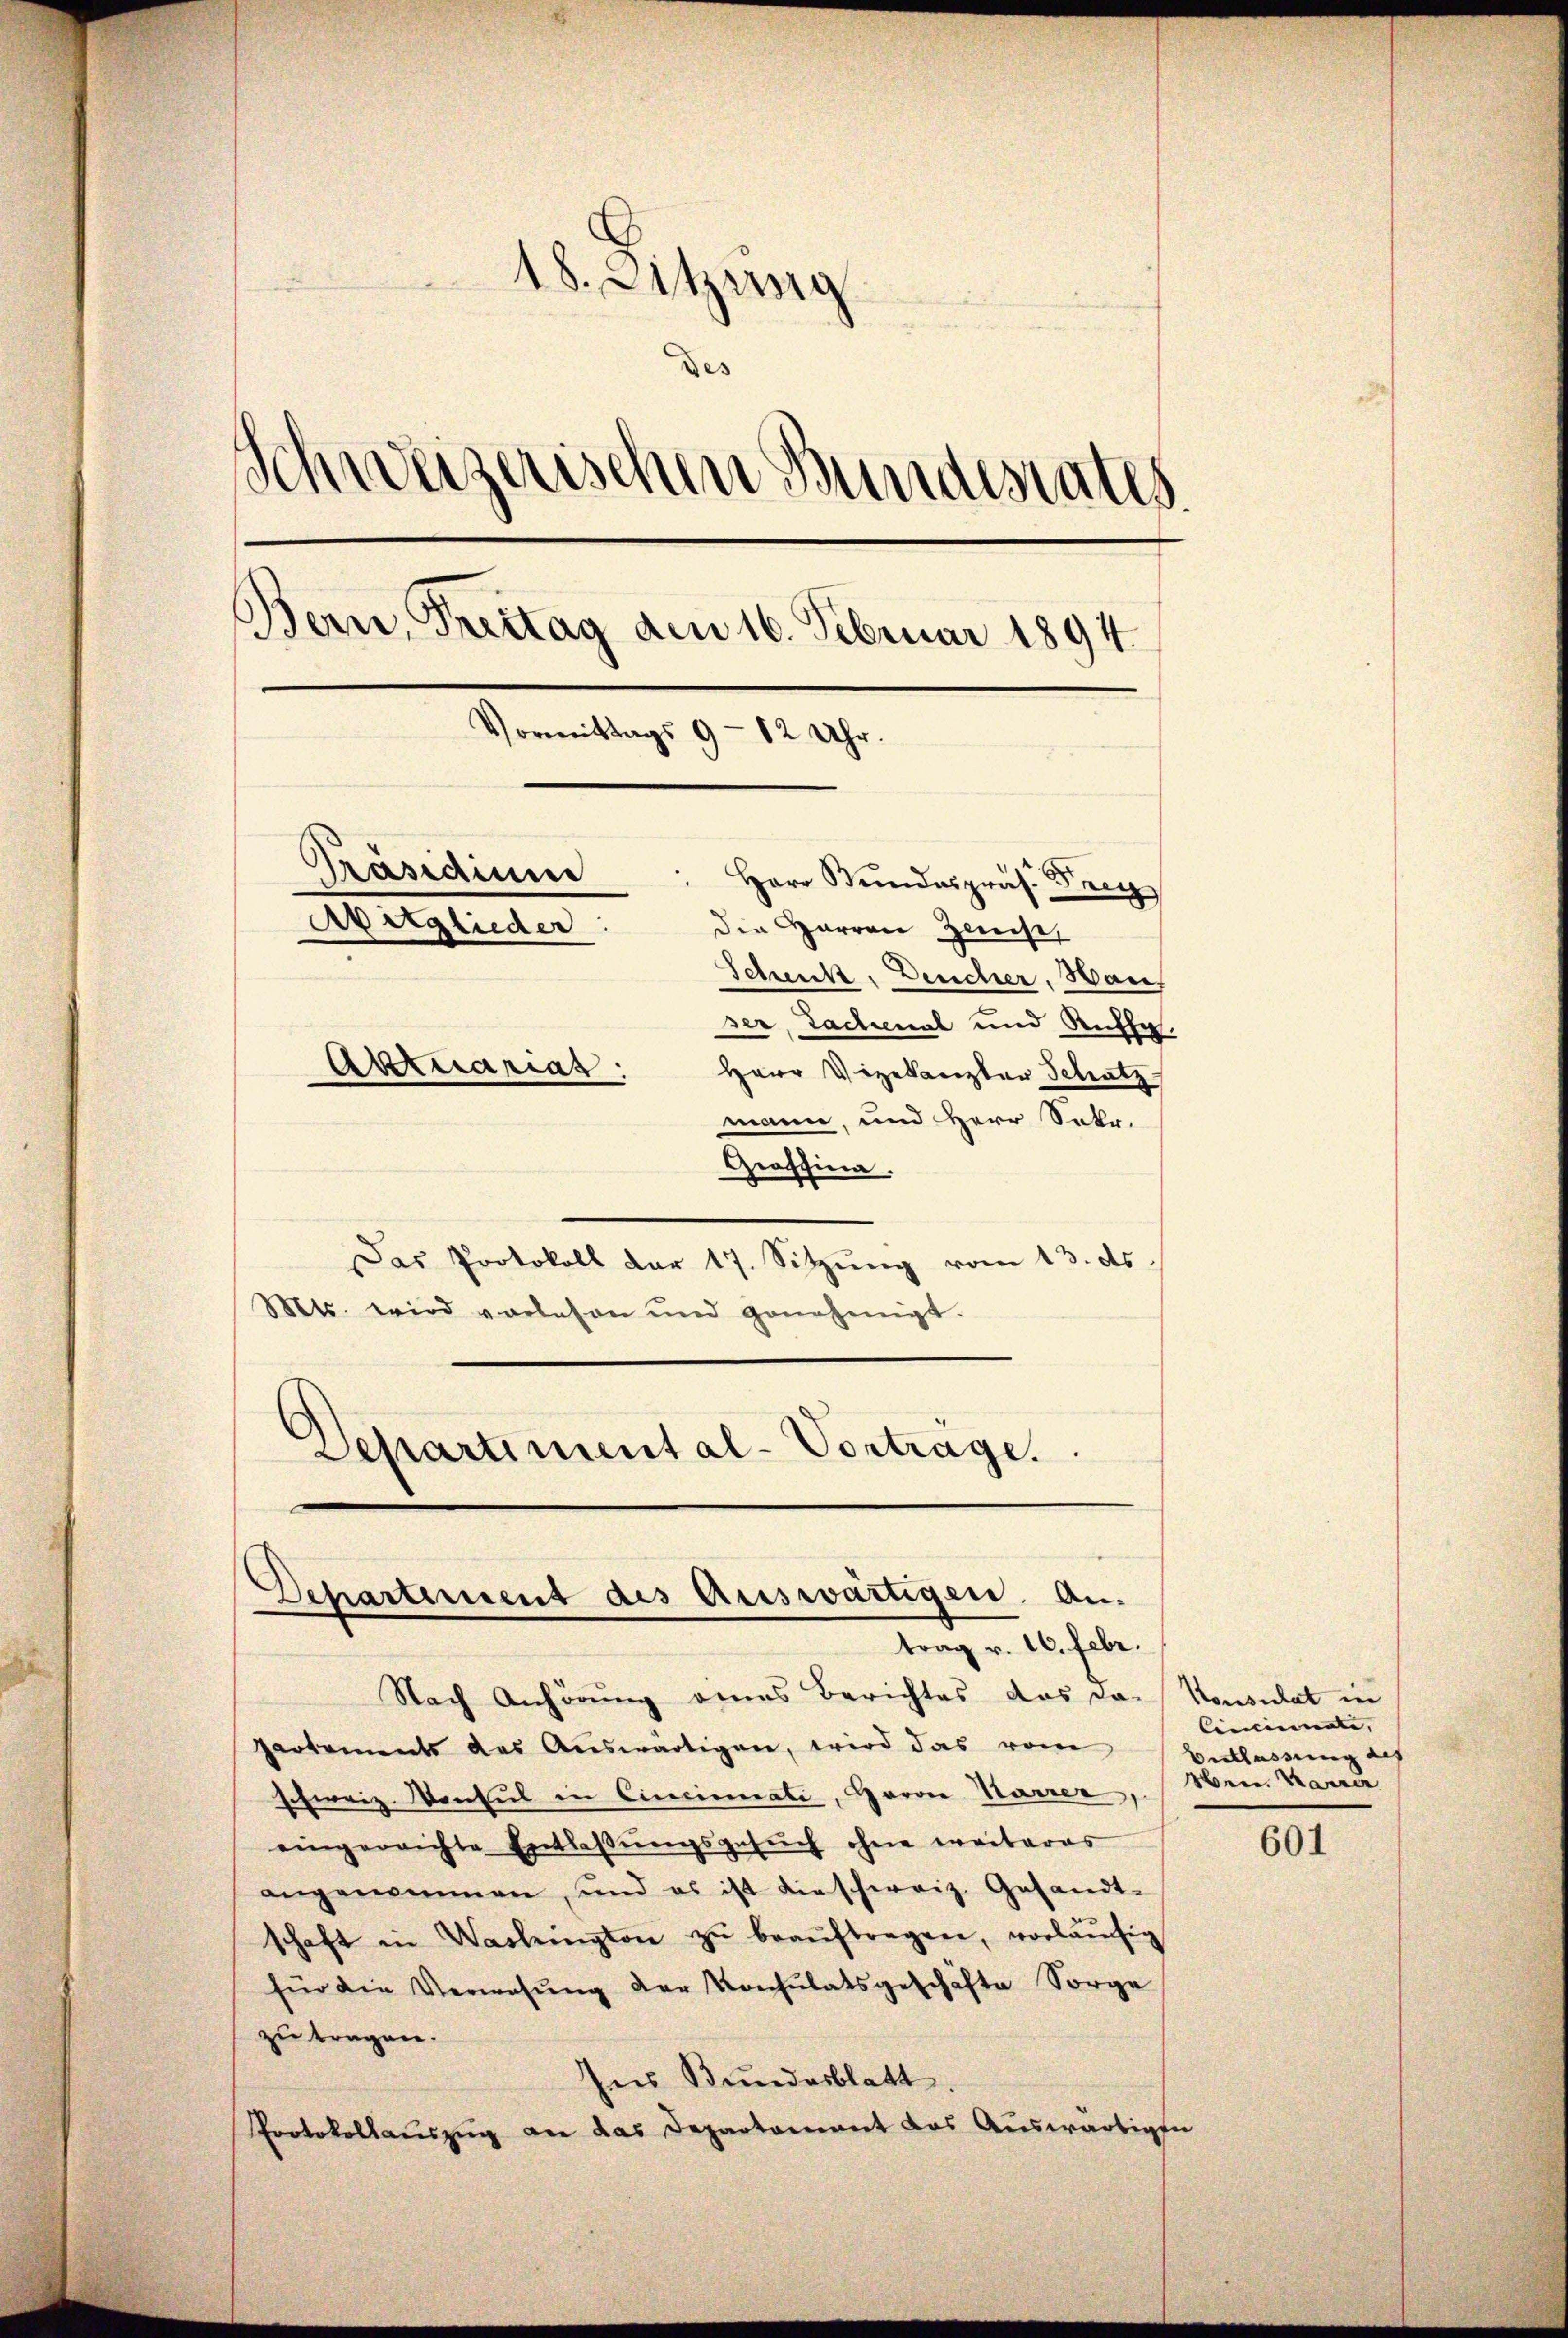
18. Ditzinig
des
Schweizerischen Bundesrates
Bern, Freitag am 16. Februar 1894.
Vormittags 9 - 12 Uhr.
Präsidium
" Herr Bŭndespräs. Frey
Avitglieder.
Die Harren Zinse
Schenk, Deucher, Hans
ser, Sachenal und Ruhe.
Aktuariat
Herr Vizekanzler Schatz
mann, und Herr Sekr.

Graffina.
Das Protokoll dar 17. Sitzung vom 13. ds
Mts. wird vorlesen und genehmigt.
epartimental-Vortrage.

Departement des Auswärtigen. An-
trag v. 16. Febr.

Nach Anhörung eines Berichtes das das Konsulat in
Partements des Aŭswärtigen, wird das vom
schweiz. Konsul in Cincinati, Garoe Karrer,
eingereichte Entlaβŭngsgesŭch ohne weiteras
angenommen, und es ist dieschweiz. Gesandt-
schaft in Washington zŭ beaŭftragen, vorläŭfig
für die Verwesŭng der Konsulatsgeschäfte Sorge
zu tragen.
Ins Bundesblatt
Protokollauszug an das Departament das Auswärtigen

Cincinate,
Entlassung auf
Ven. Marie

601